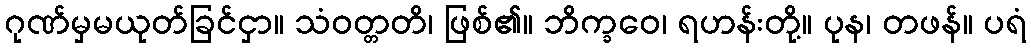
ဂုဏ်မှမယုတ်ခြင်ငှာ။ သံဝတ္တတိ၊ ဖြစ်၏။ ဘိက္ခဝေ၊ ရဟန်းတို့။ ပုန၊ တဖန်။ ပရံ